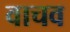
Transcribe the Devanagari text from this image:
वाचव